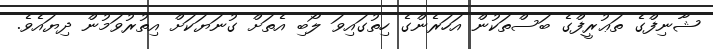
ޝާނިފްގެ ތަޢުރީފްގެ ބަސްތަކުން އަހަރެންގެ ހިތުގައިވަ ލޯބި އެތަށް ގުނަޔަކަށް އިތުރުވަމުން ދިޔައެވެ.